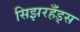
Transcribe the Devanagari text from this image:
सिझरहँड्स